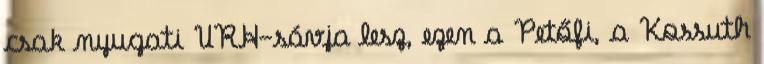
csak nyugati URH-sávja lesz, ezen a Petőfi, a Kossuth